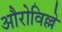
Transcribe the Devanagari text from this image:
औरोविल्ले